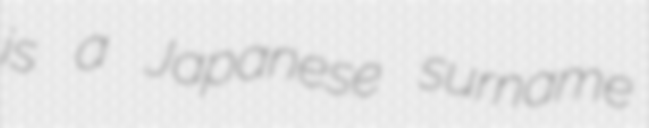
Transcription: is a Japanese surname